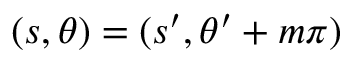
( s , \theta ) = ( s ^ { \prime } , \theta ^ { \prime } + m \pi )